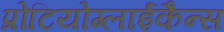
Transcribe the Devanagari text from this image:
प्रोटियोग्लाईकैन्स